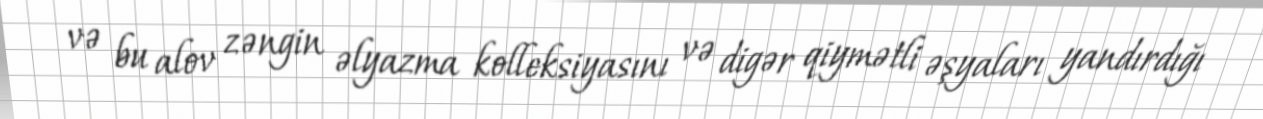
və bu alov zəngin əlyazma kolleksiyasını və digər qiymətli əşyaları yandırdığı